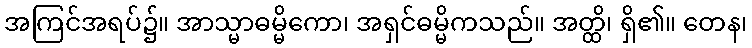
အကြင်အရပ်၌။ အာသ္မာဓမ္မိကော၊ အရှင်ဓမ္မိကသည်။ အတ္ထိ၊ ရှိ၏။ တေန၊